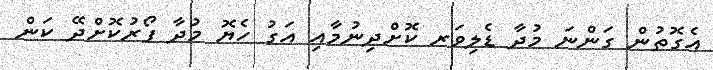
އެގޮތުން ގަންނަ މުދާ ޑެލިވަރ ކޮށްދިނުމާއި އަގު ހެޔޮ މުދާ ފޯރުކޮށްދޭ ކަން